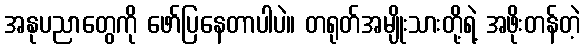
အနုပညာတွေကို ဖော်ပြနေတာပါပဲ။ တရုတ်အမျိုးသားတို့ရဲ့ အဖိုးတန်တဲ့